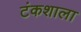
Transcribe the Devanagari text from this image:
टंकशाला